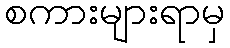
စကားများရာမှ